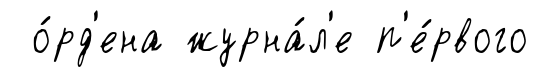
о́рд'ена журна́л'е п'е́рвого